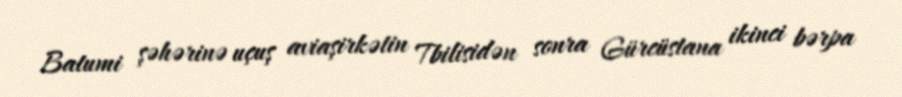
Batumi şəhərinə uçuş aviaşirkətin Tbilisidən sonra Gürcüstana ikinci bərpa